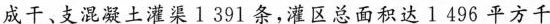
成干、支混凝土灌渠1391条，灌区总面积达1496平方千